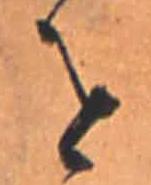
を